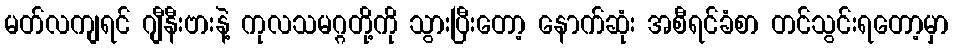
မတ်လကျရင် ဂျီနီးဗားနဲ့ ကုလသမဂ္ဂတို့ကို သွားပြီးတော့ နောက်ဆုံး အစီရင်ခံစာ တင်သွင်းရတော့မှာ